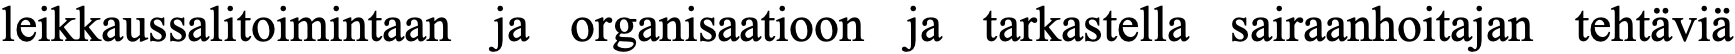
leikkaussalitoimintaan ja organisaatioon ja tarkastella sairaanhoitajan tehtäviä